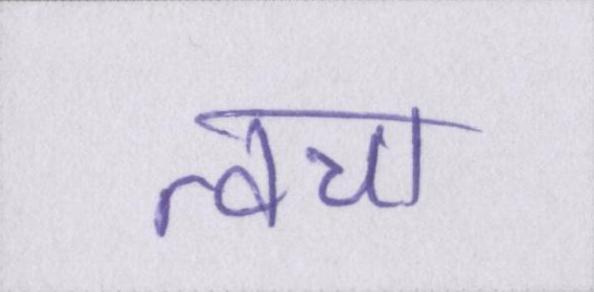
त्वचा